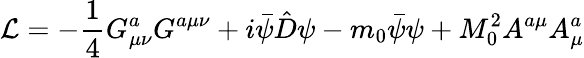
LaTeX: \mathcal{L}=-\frac{{1}}{{4}}G_{\mu\nu}^{a}G^{a\mu\nu}+i\bar{{\psi}}\hat{{D}}\psi-m_{0}\bar{{\psi}}\psi+M_{0}^{2}A^{a\mu}A_{\mu}^{a}